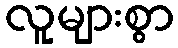
လူများစွာ